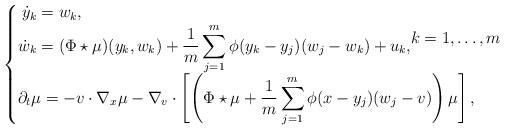
LaTeX: \begin{align*}\begin{cases}\begin{aligned}\dot y_k&=w_k,\\\dot w_k&=(\Phi\star\mu)(y_k,w_k)+\frac{1}{m}\sum_{j = 1}^m \phi(y_k-y_j) (w_j-w_k)+u_k,\\\end{aligned} k=1,\ldots, m\\\begin{aligned}\partial_t \mu&=- v\cdot\nabla_x\mu-\nabla_v \cdot \left[\left(\Phi\star\mu+\frac{1}{m}\sum_{j = 1}^m \phi(x-y_j) (w_j-v)\right)\mu\right],\end{aligned} \end{cases}\end{align*}